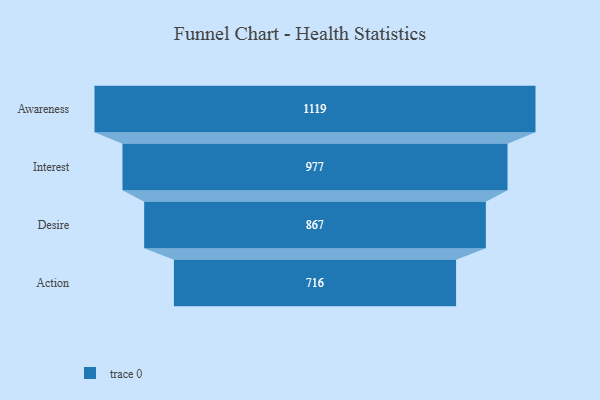
{"axis": {"x": "Stage", "y": "Value"}, "legend": [""], "data": [{"x": "Awareness", "y": 1119.0, "type": ""}, {"x": "Interest", "y": 977.0, "type": ""}, {"x": "Desire", "y": 867.0, "type": ""}, {"x": "Action", "y": 716.0, "type": ""}]}